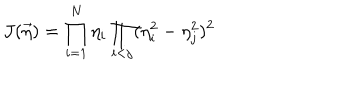
J ( \vec { \eta } ) = \prod _ { i = 1 } ^ { N } \eta _ { i } \prod _ { i < j } ( \eta _ { i } ^ { 2 } - \eta _ { j } ^ { 2 } ) ^ { 2 }